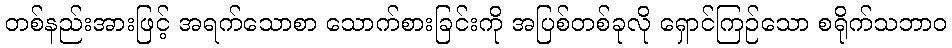
တစ်နည်းအားဖြင့် အရက်သောစာ သောက်စားခြင်းကို အပြစ်တစ်ခုလို ရှောင်ကြဉ်သော စရိုက်သဘာဝ